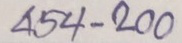
454 - 200